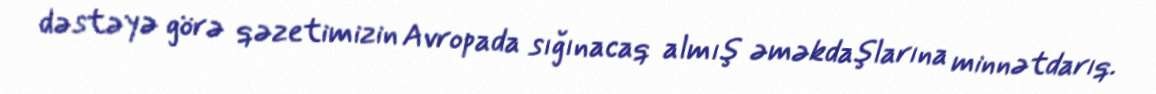
dəstəyə görə qəzetimizin Avropada sığınacaq almış əməkdaşlarına minnətdarıq.